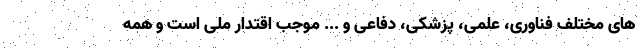
های مختلف فناوری، علمی، پزشکی، دفاعی و ... موجب اقتدار ملی است و همه